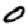
Digit: 0